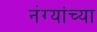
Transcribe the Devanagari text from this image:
नंग्यांच्या